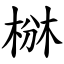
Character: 椕